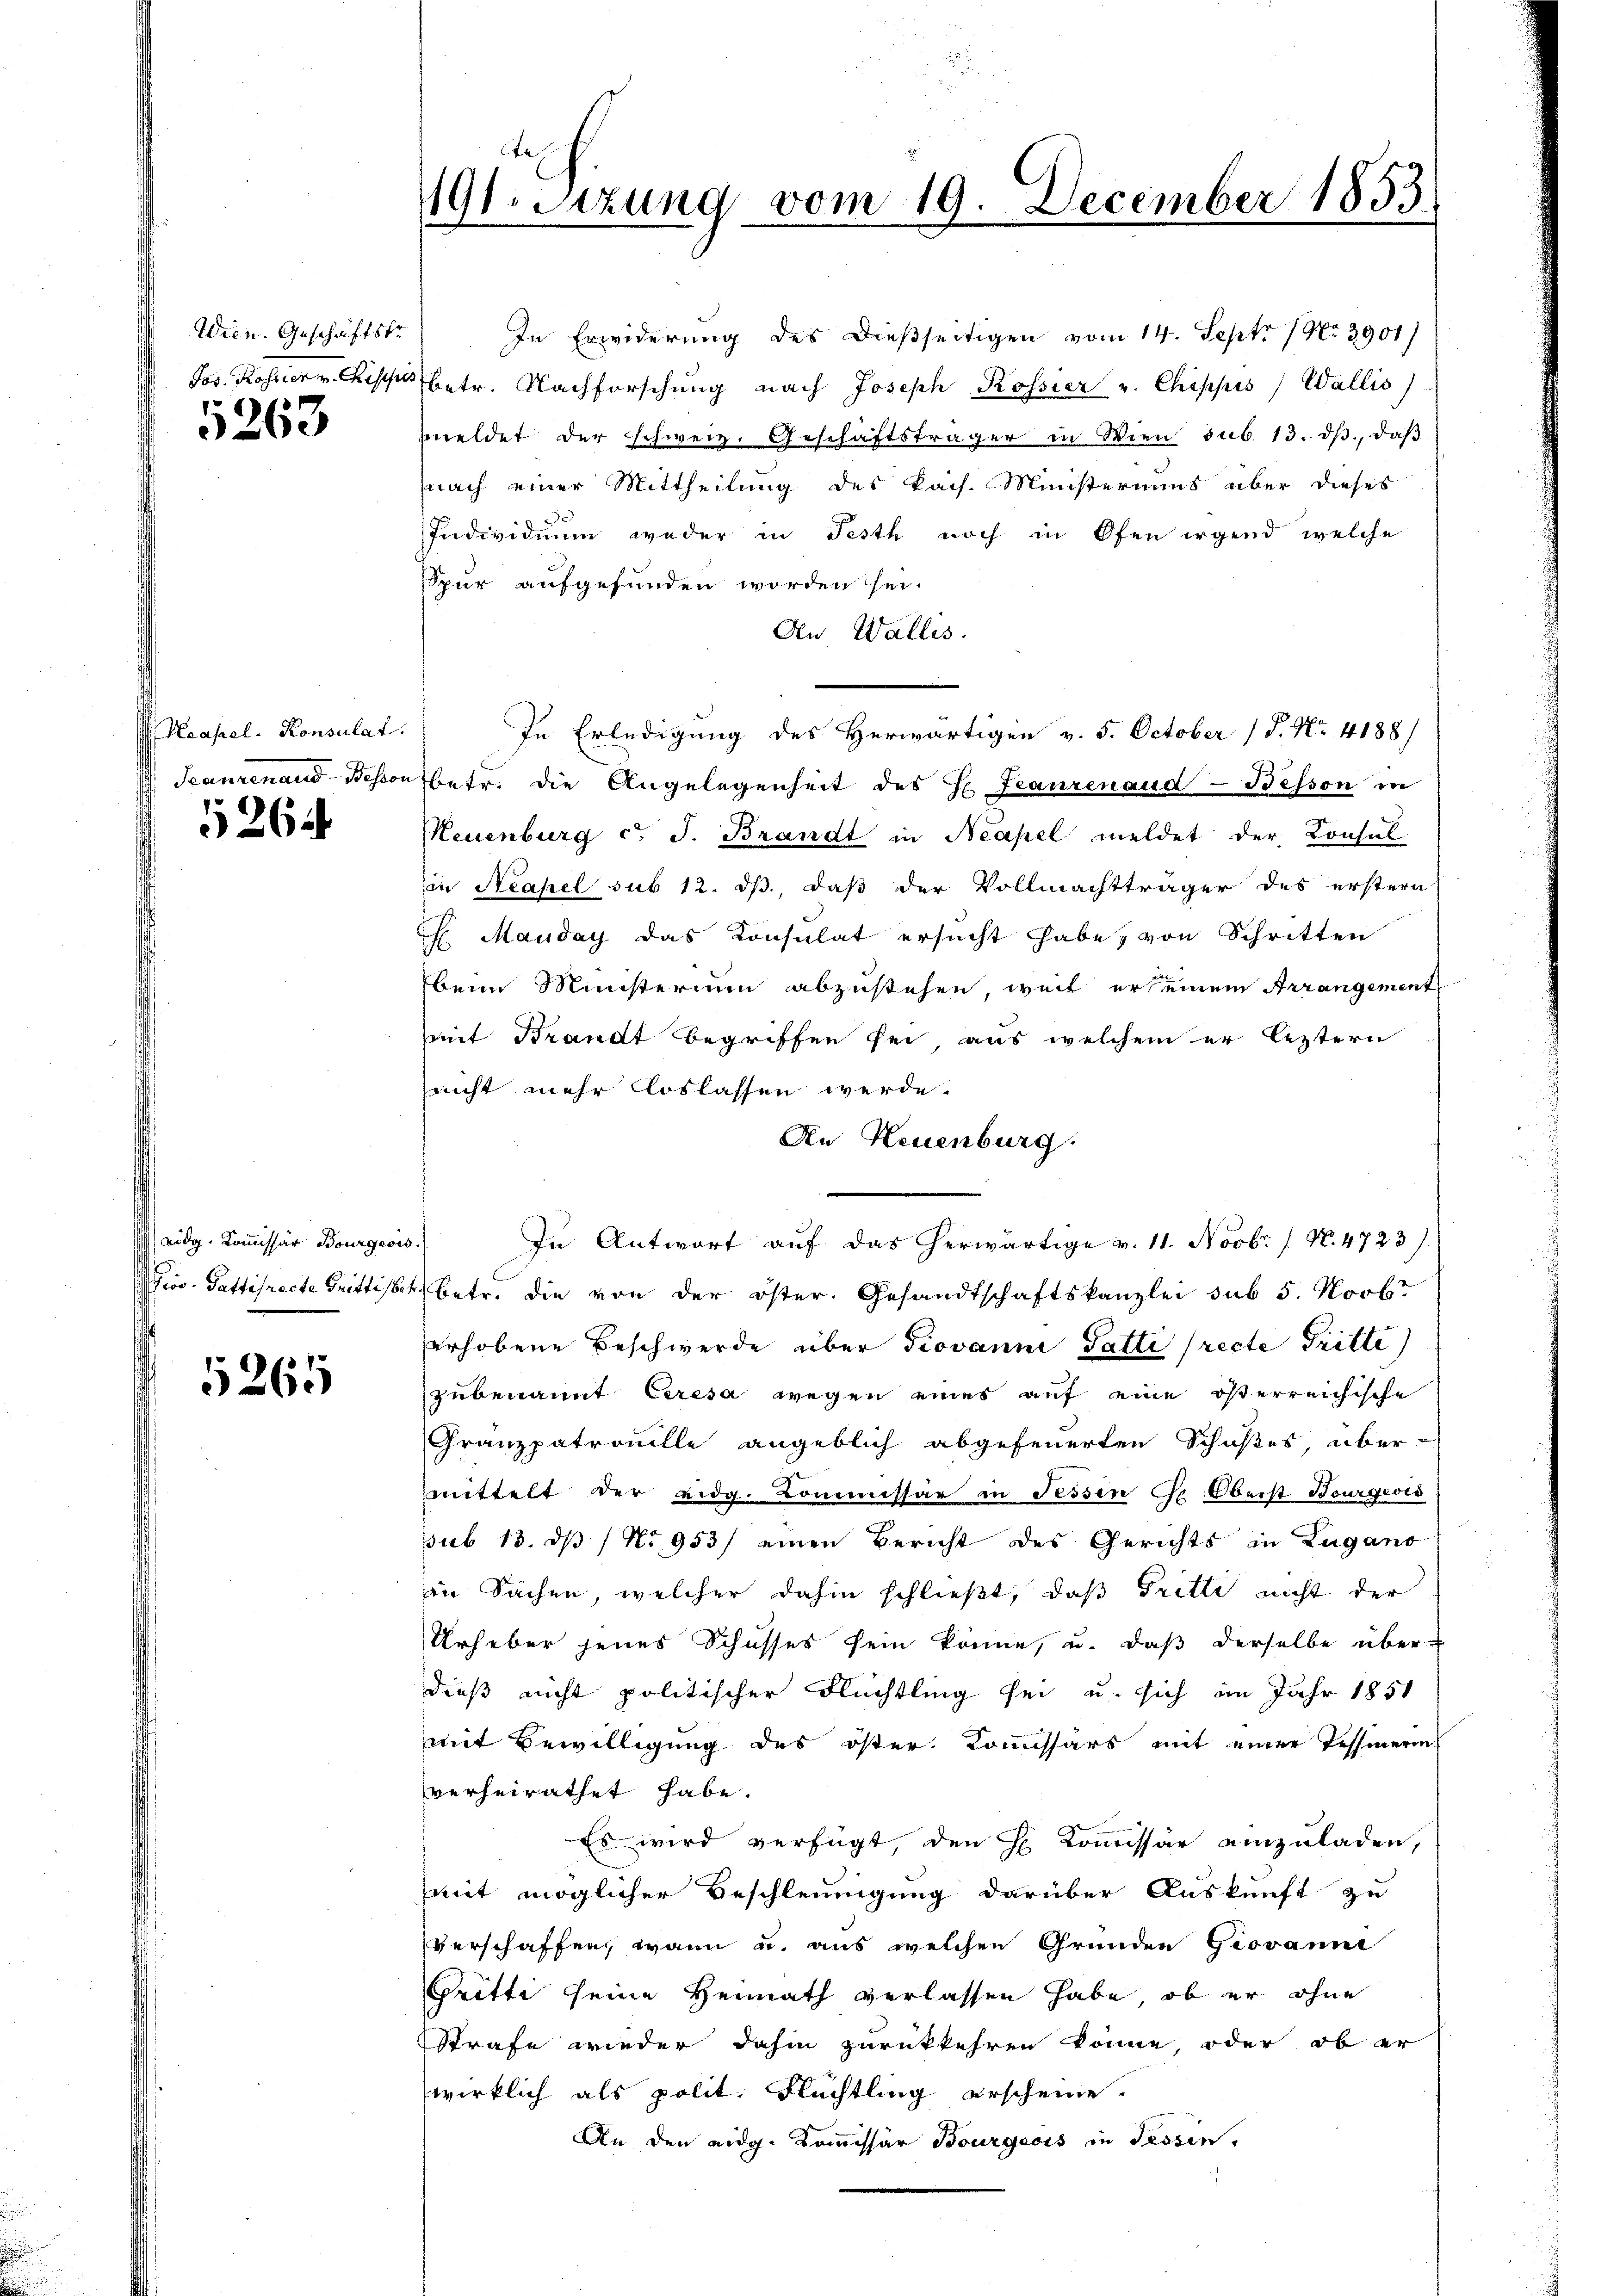
Wien. Geschäftstr
Jos. Rossier v. Rische

5263

Neapel. Konsulat
eannenaud Beson

5264

eidg. Kommissär Bourgeois.
Isico - Gattisracte Grittist.

5265

191. Sitzung vom 19. December 1853.

In Erwiderung des dießseitigen vom 14. Sept No. 3901)
betr. Nachforschŭng nach Joseph Rossier u. Chippis Wallis)
meldet der schweiz. Geschäftsträger in Wien sub. 13. dβ., daβ
nach einer Mittheilung des kais. Ministeriums über dieses
Individuum weder in Festh noch in Ofen irgend welche
Spur aufgefunden worden sei.
An Wallis.
In Erledigung des Herwärtigen v. 5. October P. Nr. 4188/
betr. die Angelegenheit des H. Franzenaud-Besson in
Neuenburg c. J. Brandt in Neapel meldet der Konsul
in Neapel sub 12. ds. daß der Vollmachtträger des erstern
Mauday das Consulat ersucht habe, von Schritten
beim Ministerium abzustehen, weil er seinem Arrangement
mit Brandt begriffen sei, aus welchem er leztern
nicht mehr loslassen werde.
An Neuenburg.
In Antwort auf das herwärtige v. 11. Novbr. / N. 4723).
betr. die von der öster. Gesandtschaftskanzlei sub 5. Novbr
erhobene Beschwerde über Giovanne Gatti (recte Tritte)
zubenannt Ceresa wegen eines auf eine österreichische
Granzpatrouille angeblich abgefeuerten Schußes, über-
mittelt der eidg. Kommissär in Fessen Ge Oberst Bourgeris
sub 13. ds / No 953/ einen Bericht des Gerichts in Zugano
in Sachen, welcher dahin schließt, daß Tritti nicht der
Urheber jenes Schusses sein könne, u. daß derselbe über-
dieß nicht politischer Flüchtling sei u. sich im Jahr 1851
mit Bewilligung des öster. Kommissärs mit einer Tessinerin
verheirathet habe.
Es wird verfügt, den H. Kommissär einzuladen,
mit möglicher Beschleunigung darüber Auskunft zu
verschaffen, wann u. aus welchen Gründen Giovanne
Gritte seine Heimath verlassen habe, ob er ohne
Strafe wieder dahin zurückkehren könne oder ob er
wirklich als polit. Flüchtling erscheine.
An den eidg. Kommissär Bourgeois in Tessin,